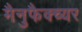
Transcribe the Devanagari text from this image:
मैनुफैक्च्यर